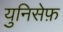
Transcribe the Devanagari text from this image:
युनिसेफ़